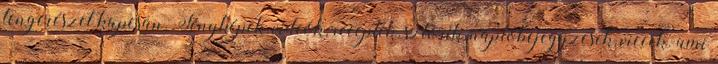
tengerészet kapcsán. Fényképek, videók, receptek, sztorik, naplóbejegyzések, viccek. ami